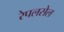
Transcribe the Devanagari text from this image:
रेपलसेल